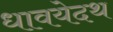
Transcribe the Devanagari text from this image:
धावयेदथ